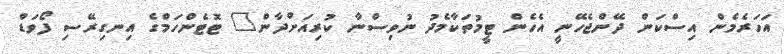
އަހަރެމެން އިސްކަން ދޭންޖެހޭނީ އެހެން ޓީމުތަކާމެދު ނުވިސްނާ ކުރިއަށްދާން" ޓޮޓެންހަމްގެ އިނގިރޭސި ފޯވަޑް